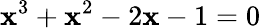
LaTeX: \mathbf{x}^{3}+\mathbf{x}^{2}-2\mathbf{x}-1=0